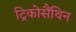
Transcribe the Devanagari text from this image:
ट्रिकोसैंथिन